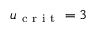
u _ { \mathrm { ~ c ~ r ~ i ~ t ~ } } = 3